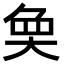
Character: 𭑏